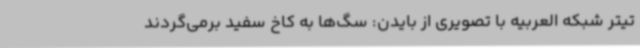
تیتر شبکه العربیه با تصویری از بایدن: سگ‌ها به کاخ سفید برمی‌گردند